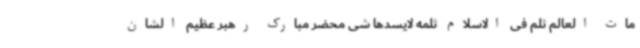
مات العالم ثلم فی الاسلام ثلمه لایسدها شی محضر مبارک رهبر عظیم الشان